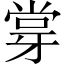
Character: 牚